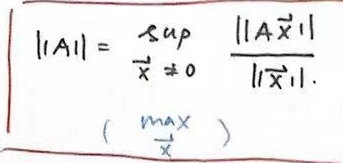
\[
||A|| = \sup_{\vec{x} \neq 0} \frac{||A\vec{x}||}{||\vec{x}||} \quad (\max_{\vec{x}})
\]